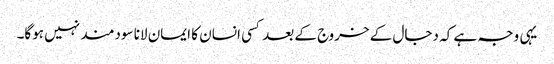
یہی وجہ ہے کہ دجال کے خروج کے بعد کسی انسان کا ایمان لانا سودمند نہیں ہوگا۔